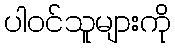
ပါဝင်သူများကို